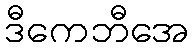
ဒီကေဘီအေ